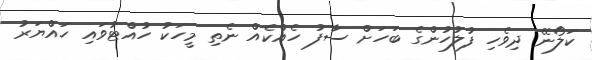
ކަލޯނޭ ދިވެހި ފުލުހުންގެ ބަހަށް ސާފު ހެއްކެއް ނެތި މީހަކު ހުއްޓުވައި ހައްޔަރު